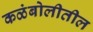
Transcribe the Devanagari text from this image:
कळंबोलीतील